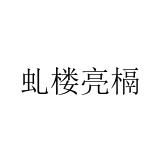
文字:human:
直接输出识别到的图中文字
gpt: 虬楼亮槅